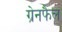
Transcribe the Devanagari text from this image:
ग्रेनफैल